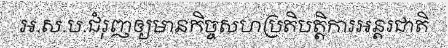
អ.ស.ប.ជំរុញឲ្យមានកិច្ចសហប្រតិបត្តិការអន្តរជាតិ